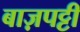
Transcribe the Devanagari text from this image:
बाज़पट्टी